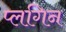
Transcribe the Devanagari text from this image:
प्लगिन